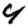
Digit: 4